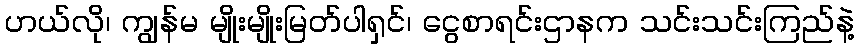
ဟယ်လို၊ ကျွန်မ မျိုးမျိုးမြတ်ပါရှင်၊ ငွေစာရင်းဌာနက သင်းသင်းကြည်နဲ့